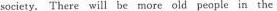
society. There will be more old people in the